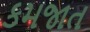
કમજાત